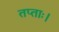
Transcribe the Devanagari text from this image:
तप्ताः।